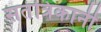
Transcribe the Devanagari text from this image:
सतंत्रिकानी